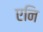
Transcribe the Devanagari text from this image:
एनि